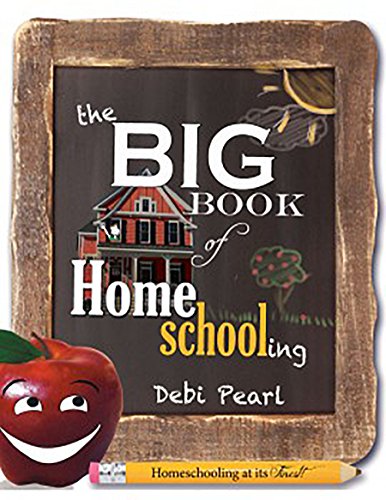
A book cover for The Big Book of Homeschooling; Debi Pearl; Christian Books & Bibles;